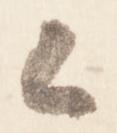
候